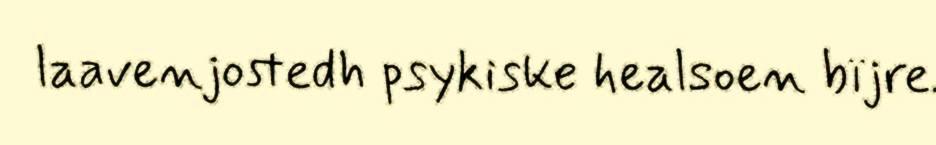
laavenjostedh psykiske healsoen bïjre.